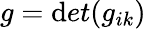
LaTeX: g=\mathrm{d}et(g_{ik})